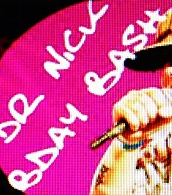
BDAY BASH